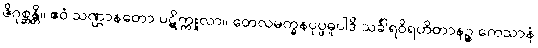
ဇိဂုစ္ဆန္တိ။ ဧဝံ သဏ္ဌာနတော ပဋိက္ကူလာ။ တေလမက္ခနပုပ္ဖဓူပါဒိ သင်္ခါရဝိရဟိတာနဉ္စ ကေသာနံ